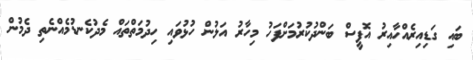
ބައި ގަޑިއިރެއްހާއިރު އޮފީސް ބަންދުކުރުމަށްފަހު މިހާރު އަލުން ހުޅުވައި ހިދުމަތްތައް މެދުކެނޑުމެއްނެތި ދެމުން